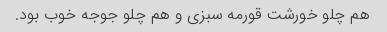
هم چلو خورشت قورمه سبزی و هم چلو جوجه خوب بود.